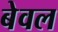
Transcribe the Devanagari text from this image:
बेवल